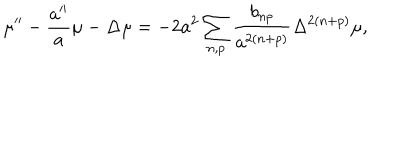
LaTeX: \mu ^ { \prime \prime } - \frac { a ^ { \prime \prime } } { a } \mu - \Delta \mu = - 2 a ^ { 2 } \sum _ { n , p } \frac { b _ { n p } } { a ^ { 2 ( n + p ) } } \Delta ^ { 2 ( n + p ) } \mu ,